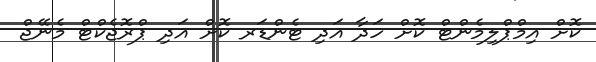
ކޮށް އިމްޕްލިމެންޓް ކޮށް ހަދާ އަދި ޓެންޑަރ ކޮށް އަދި ޕްރޮޖެކްޓް މެނޭޖް